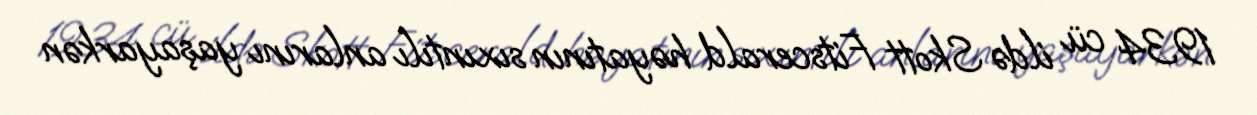
1934 cü ildə Skott Fitscerald həyatının sıxıntılı anlarını yaşayarkən